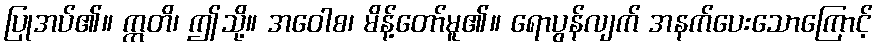
ပြုအပ်၏။ ဣတိ၊ ဤသို့။ အဝေါစ၊ မိန့်တော်မူ၏။ ရောပွန်လျက် အနက်ပေးသောကြောင့်